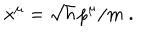
LaTeX: \dot { x } ^ { \mu } = \sqrt { h } \, p ^ { \mu } / m \; .